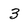
Character: 3